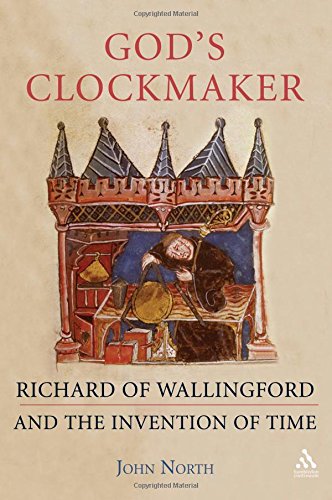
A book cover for God's Clockmaker: Richard of Wallingford and the Invention of Time; John North; Science & Math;